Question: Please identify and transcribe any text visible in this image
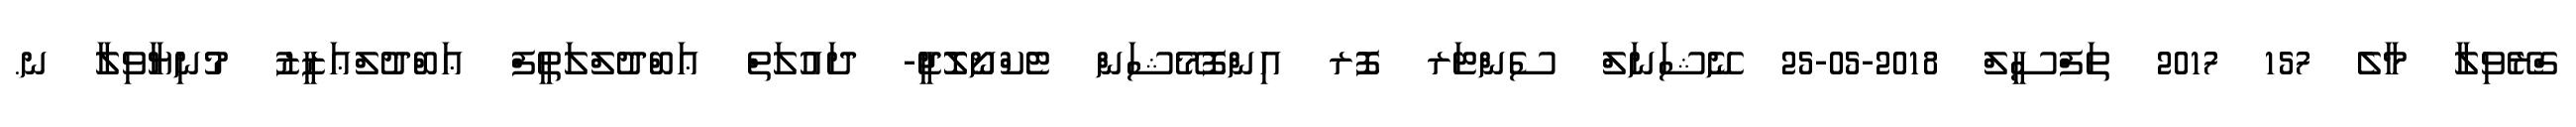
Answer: ގްރޭވިލާ މާލެ 157 2017 ތަފްސީލް 2018-05-25 ނޭޝަނަލް ސެންޓަރ ފޮރ އިންފޮމޭޝަން ޓެކްނޯލޮޖީ- ދައުލަތް ޢަބްދުލްލަޠީފް ޢަބްދުލްޢަޒީޒު މުނިޔާވިލާ ނ.